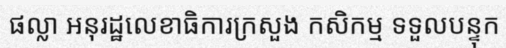
ផល្លា អនុរដ្ឋលេខាធិការក្រសួង កសិកម្ម ទទួលបន្ទុក